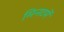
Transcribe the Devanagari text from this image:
मिनटमें